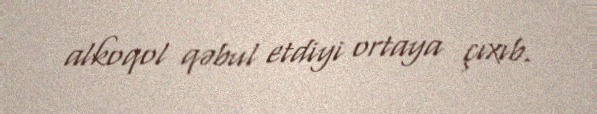
alkoqol qəbul etdiyi ortaya çıxıb.